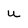
Character: u